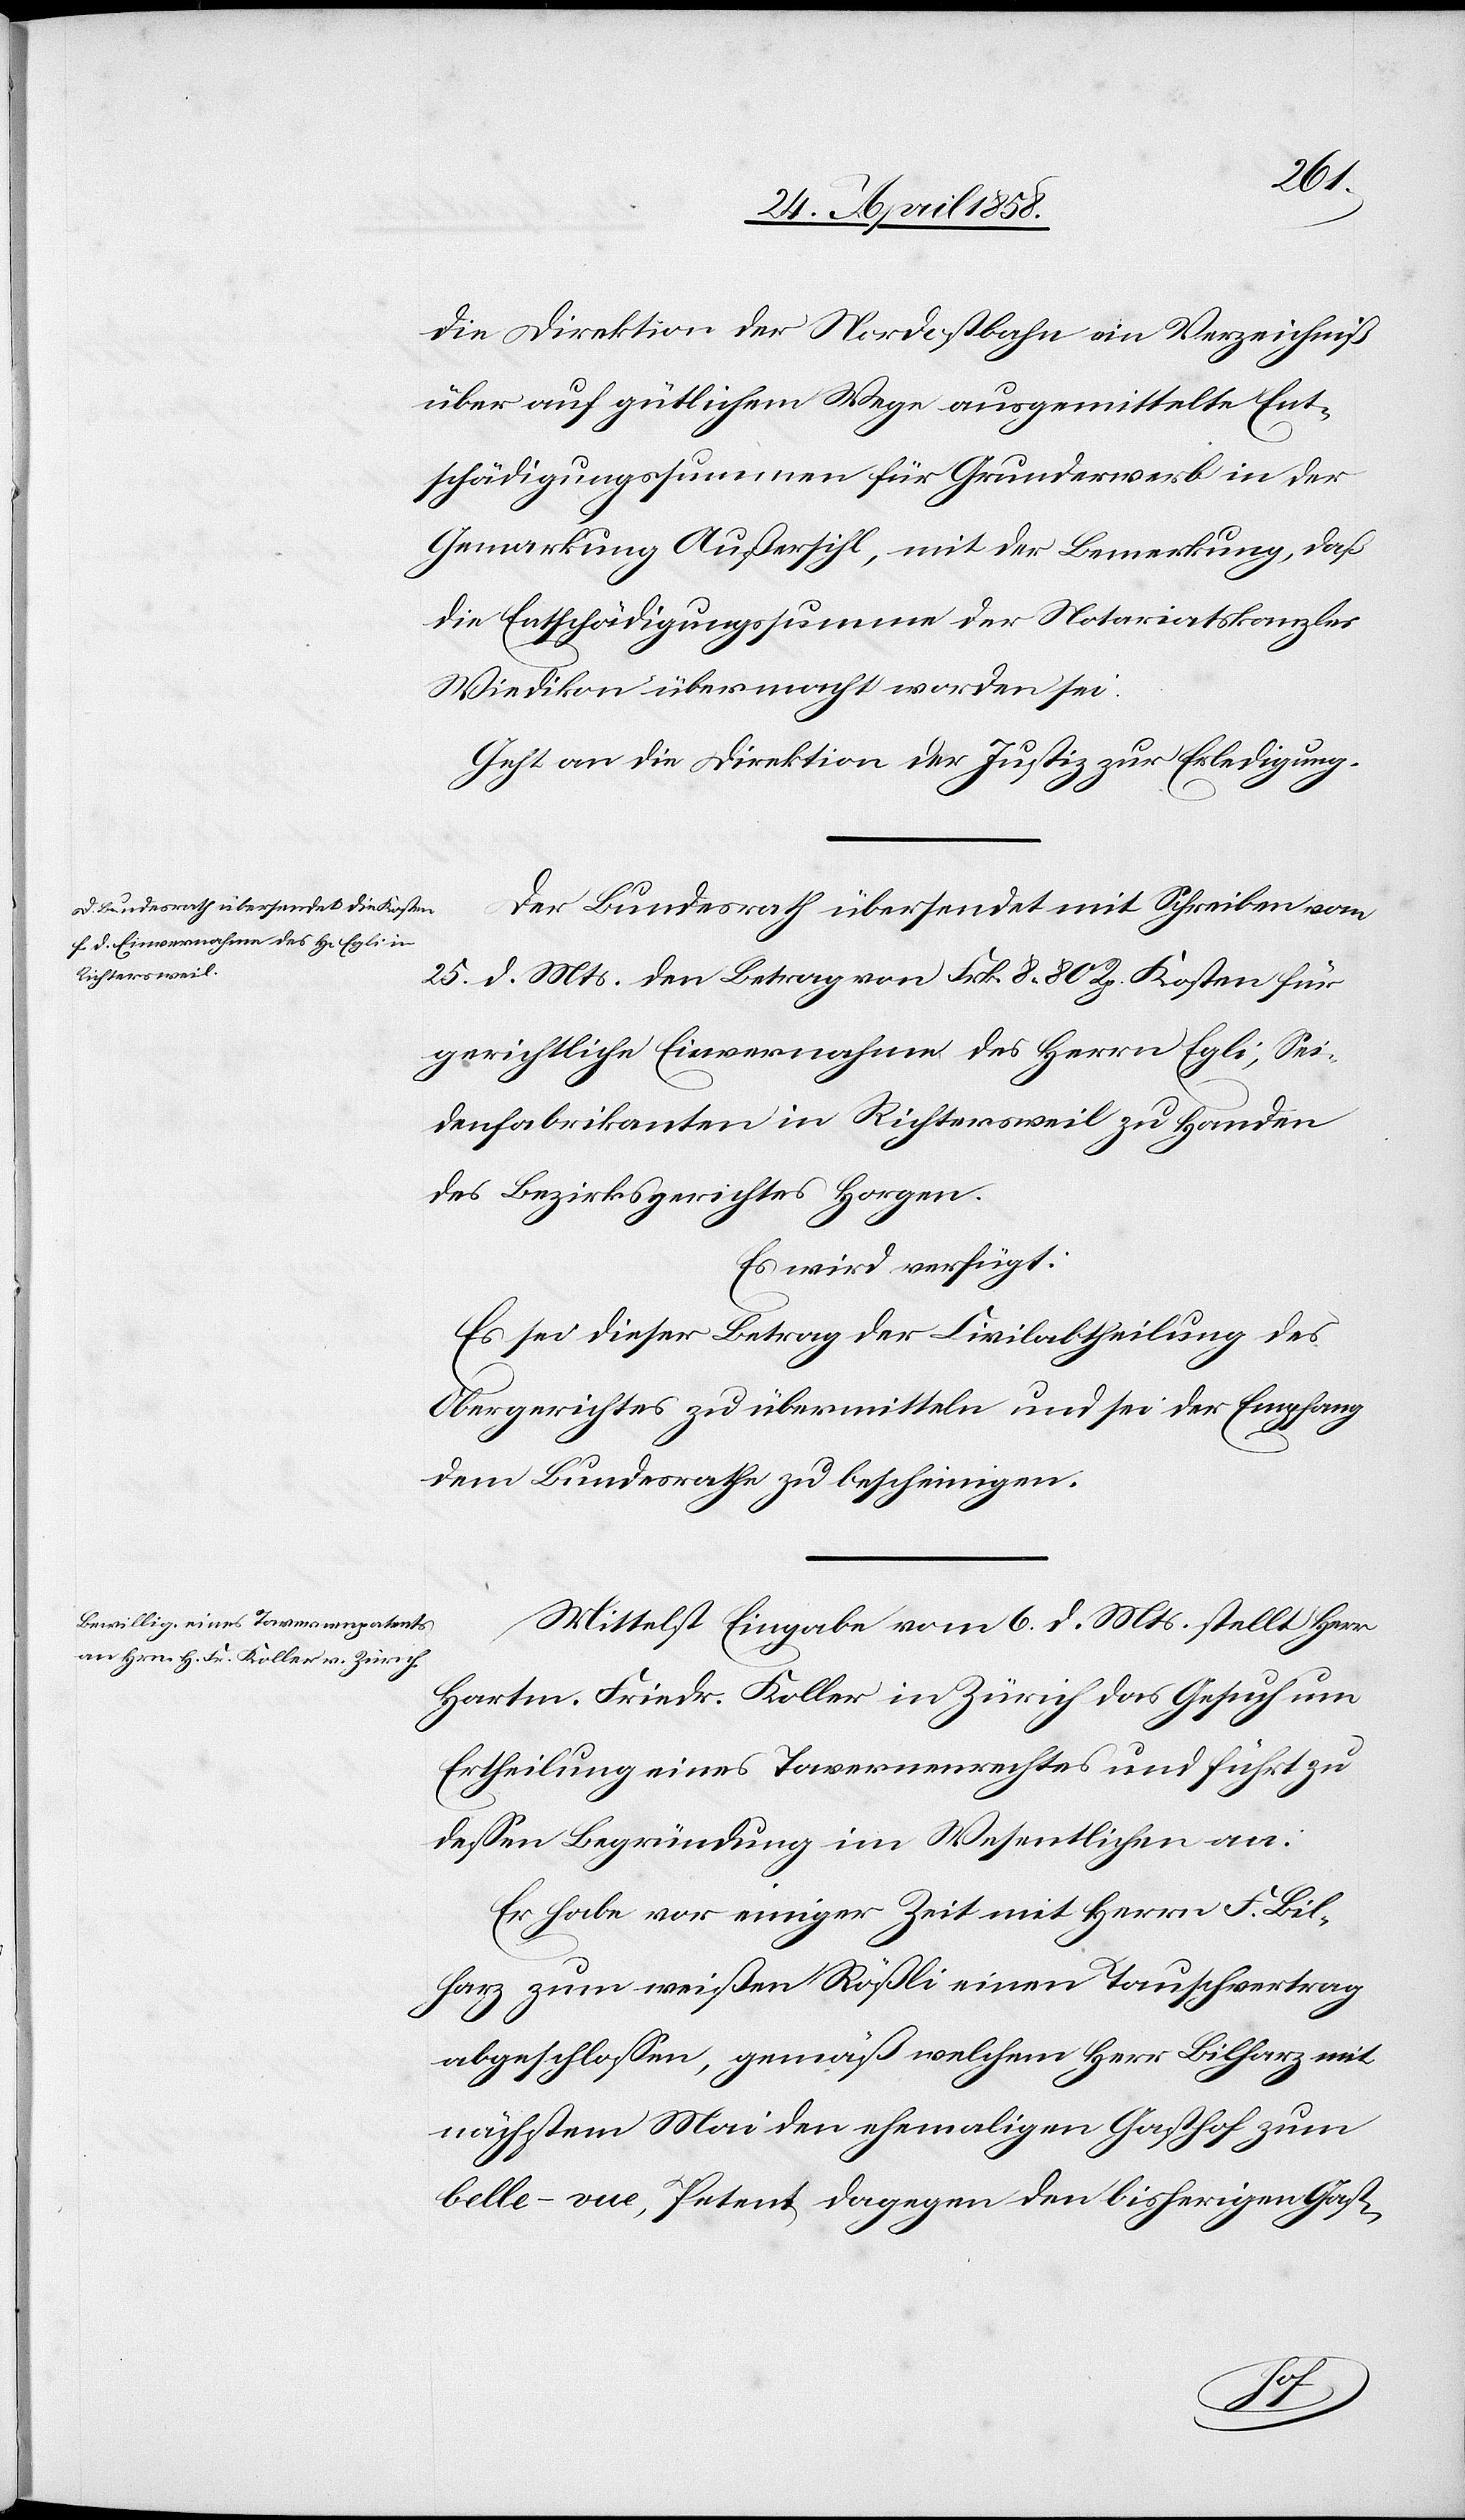
den
29. April 1858.]
die Direktion der Nordostbahn ein Verzeichniß
über auf gütlichem Wege ausgemittelte Ent¬
schädigungssummen für Grunderwerb in der
Gemarkung Außersihl, mit der Bemerkung, daß
die Entschädigungssumme der Notariatskanzlei
Wiedikon übermacht worden sei.
Geht an die Direktion der Justiz zur Erledigung.
25. d. Mts. den Betrag von Frk. 8 80 Rp. Kosten für
gerichtliche Einvernahme des Herrn Egli, Sei¬
denfabrikanten in Richtersweil zu Handen
des Bezirkgerichtes Horgen.
Es wird verfügt:
Es sei dieser Betrag der Civilabtheilung des
Obergerichtes zu übermitteln und sei der Empfang
dem Bundesrathe zu bescheinigen.
Mittelst Eingabe vom 6. d. Mts. stellt Herr
Hartm. Friedr. Koller in Zürich das Gesuch um
Ertheilung eines Tavernenrechtes und führt zu
dessen Begründung im Wesentlichen an:
Er habe vor einiger Zeit mit Herrn F. Bil¬
harz zum weißen Rößli einen Tauschvertrag
abgeschlossen, gemäß welchem Herr Bilharz mit
nächstem Mai den ehemaligen Gasthof zum
belle-vue, Petent, dagegen den bisherigen Gast-